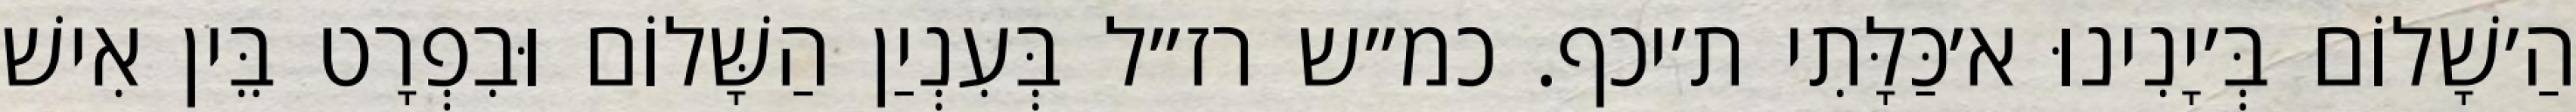
הַ׳שָׁלוֹם בְּ׳יָנִינוּ א׳כַּלָּתִי ת׳יכף. כמ״ש רז״ל בְּעִנְיַן הַשָּׁלוֹם וּבִפְרָט בֵּין אִישׁ